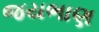
જયભાણ